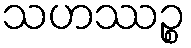
သဟဿဉ္စ